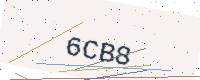
Text: 6CB8